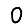
Digit: 0